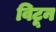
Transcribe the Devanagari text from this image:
विटून